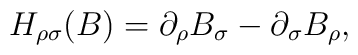
H_{\rho\sigma}(B)=\partial_{\rho}B_{\sigma}-\partial_{\sigma}B_{\rho},